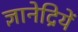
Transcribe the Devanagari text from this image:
ज्ञानेद्रियें